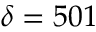
\delta = 5 0 1